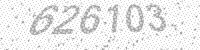
Solution: 626103